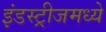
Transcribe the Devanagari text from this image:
इंडस्ट्रीजमध्ये